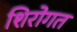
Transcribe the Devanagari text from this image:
शिरोगत